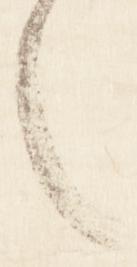
之